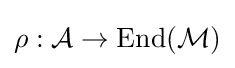
\rho :{\mathcal {A}}\to \mathrm {End} ({\mathcal {M}})